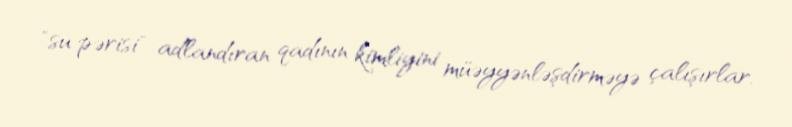
"su pərisi" adlandıran qadının kimliyini müəyyənləşdirməyə çalışırlar.